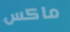
ماكس